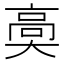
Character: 䯨